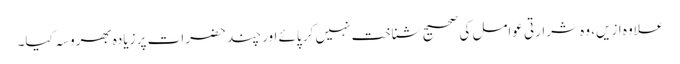
علاوہ ازیں، وہ شرارتی عوامل کی صحیح شناخت نہیں کر پائے اور چند حضرات پر زیادہ بھروسہ کیا۔